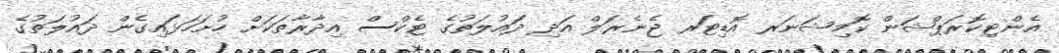
އެންޓިކޮރަޕްޝަން ކޮމިޝަނަރ އޮޑިޓަރ ޖެނެރަލް އަދި ދައުލަތުގެ ޓެކްސް އިދާރާތަކަށް ހުށަހަޅައިގެން ދައުލަތުގެ